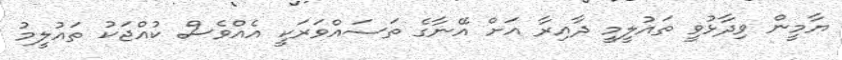
ޔާމީން ވިދާޅުވީ ތައުލީމީ ދާއިރާ އަށް އޭނާގެ ތަސައްވަރަކީ އެއްވެސް ކުއްޖަކު ތައުލީމު